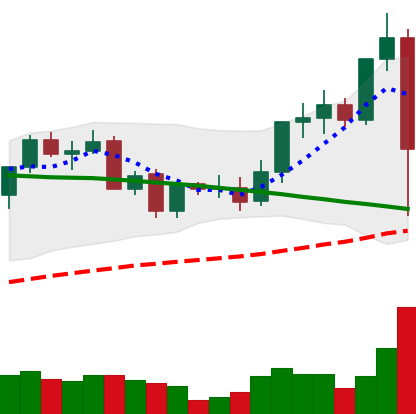
Ticker: LINK-USD
Chart end date: 2021-09-07
Forward return: 4.499%
Label: up_3_5